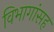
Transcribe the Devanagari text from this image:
विभागांसह